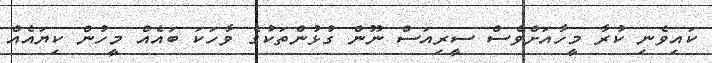
ކައިވެނި ކުރާ މީހާއަށްވެސް ސީރިއަސް ނޫން ގުޅުންތަކުގެ ވާހަކަ ބައެއް މީހުން ކިޔައެއް